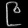
Digit: ၉